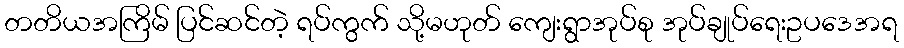
တတိယအကြိမ် ပြင်ဆင်တဲ့ ရပ်ကွက် သို့မဟုတ် ကျေးရွာအုပ်စု အုပ်ချုပ်ရေးဥပဒေအရ